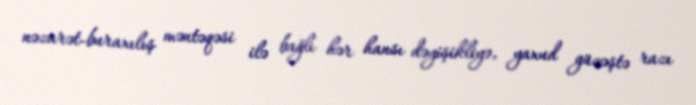
nəzarət-buraxılış məntəqəsi ilə bağlı hər hansı dəyişikliyə, yaxud güzəştə razı